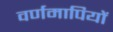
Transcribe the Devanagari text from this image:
वर्णमापियों